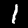
Label: 1